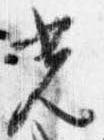
光